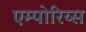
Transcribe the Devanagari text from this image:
एम्पोरिय्स